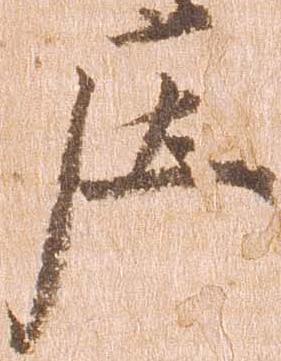
庄